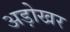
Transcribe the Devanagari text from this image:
अड़ोखर